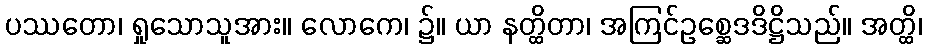
ပဿတော၊ ရှုသောသူအား။ လောကေ၊ ၌။ ယာ နတ္ထိတာ၊ အကြင်ဥစ္ဆေဒဒိဋ္ဌိသည်။ အတ္ထိ၊